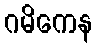
ဂမိကေန